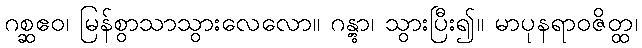
ဂစ္ဆဧဝ၊ မြန်စွာသာသွားလေလော။ ဂန္တွာ၊ သွားပြီး၍။ မာပုနရာဝဇိတ္ထ၊